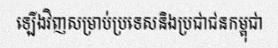
ឡើងវិញសម្រាប់ប្រទេសនិងប្រជាជនកម្ពុជា